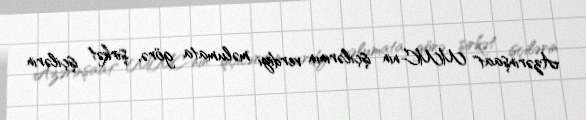
Azərinşaat" MMC-nin işçilərinın verdiyi məlumata görə, şirkət işçilərin